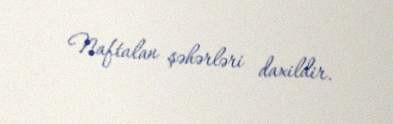
Naftalan şəhərləri daxildir.